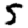
Digit: 5